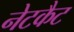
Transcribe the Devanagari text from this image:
नेटकैट